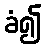
ခံ၍